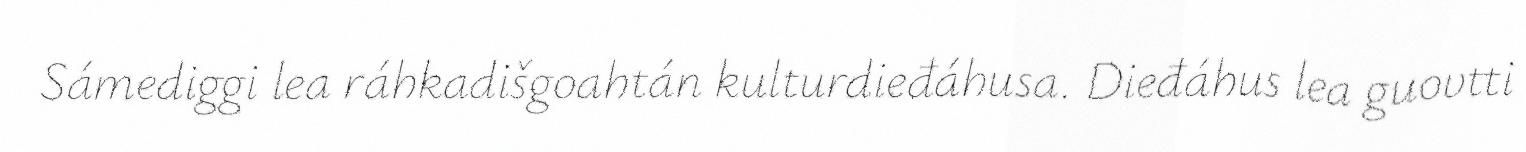
Sámediggi lea ráhkadišgoahtán kulturdieđáhusa. Dieđáhus lea guovtti